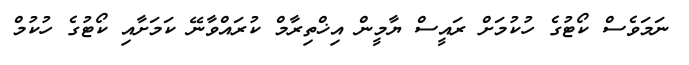
ނަމަވެސް ކޯޓުގެ ހުކުމަށް ރައީސް ޔާމީން އިޚްތިރާމް ކުރައްވާނޭ ކަމަށާއި ކޯޓުގެ ހުކުމް